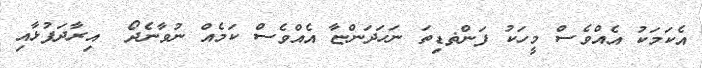
އެކަމަކު އެއްވެސް މީހަކު ފަންޡޑިތަ ނަހަދަންޏާ އެއްވެސް ކަމެއް ނުވާނެދޯ  އިރާދަފުޅާއި